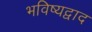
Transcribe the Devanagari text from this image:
भविष्यद्वाद